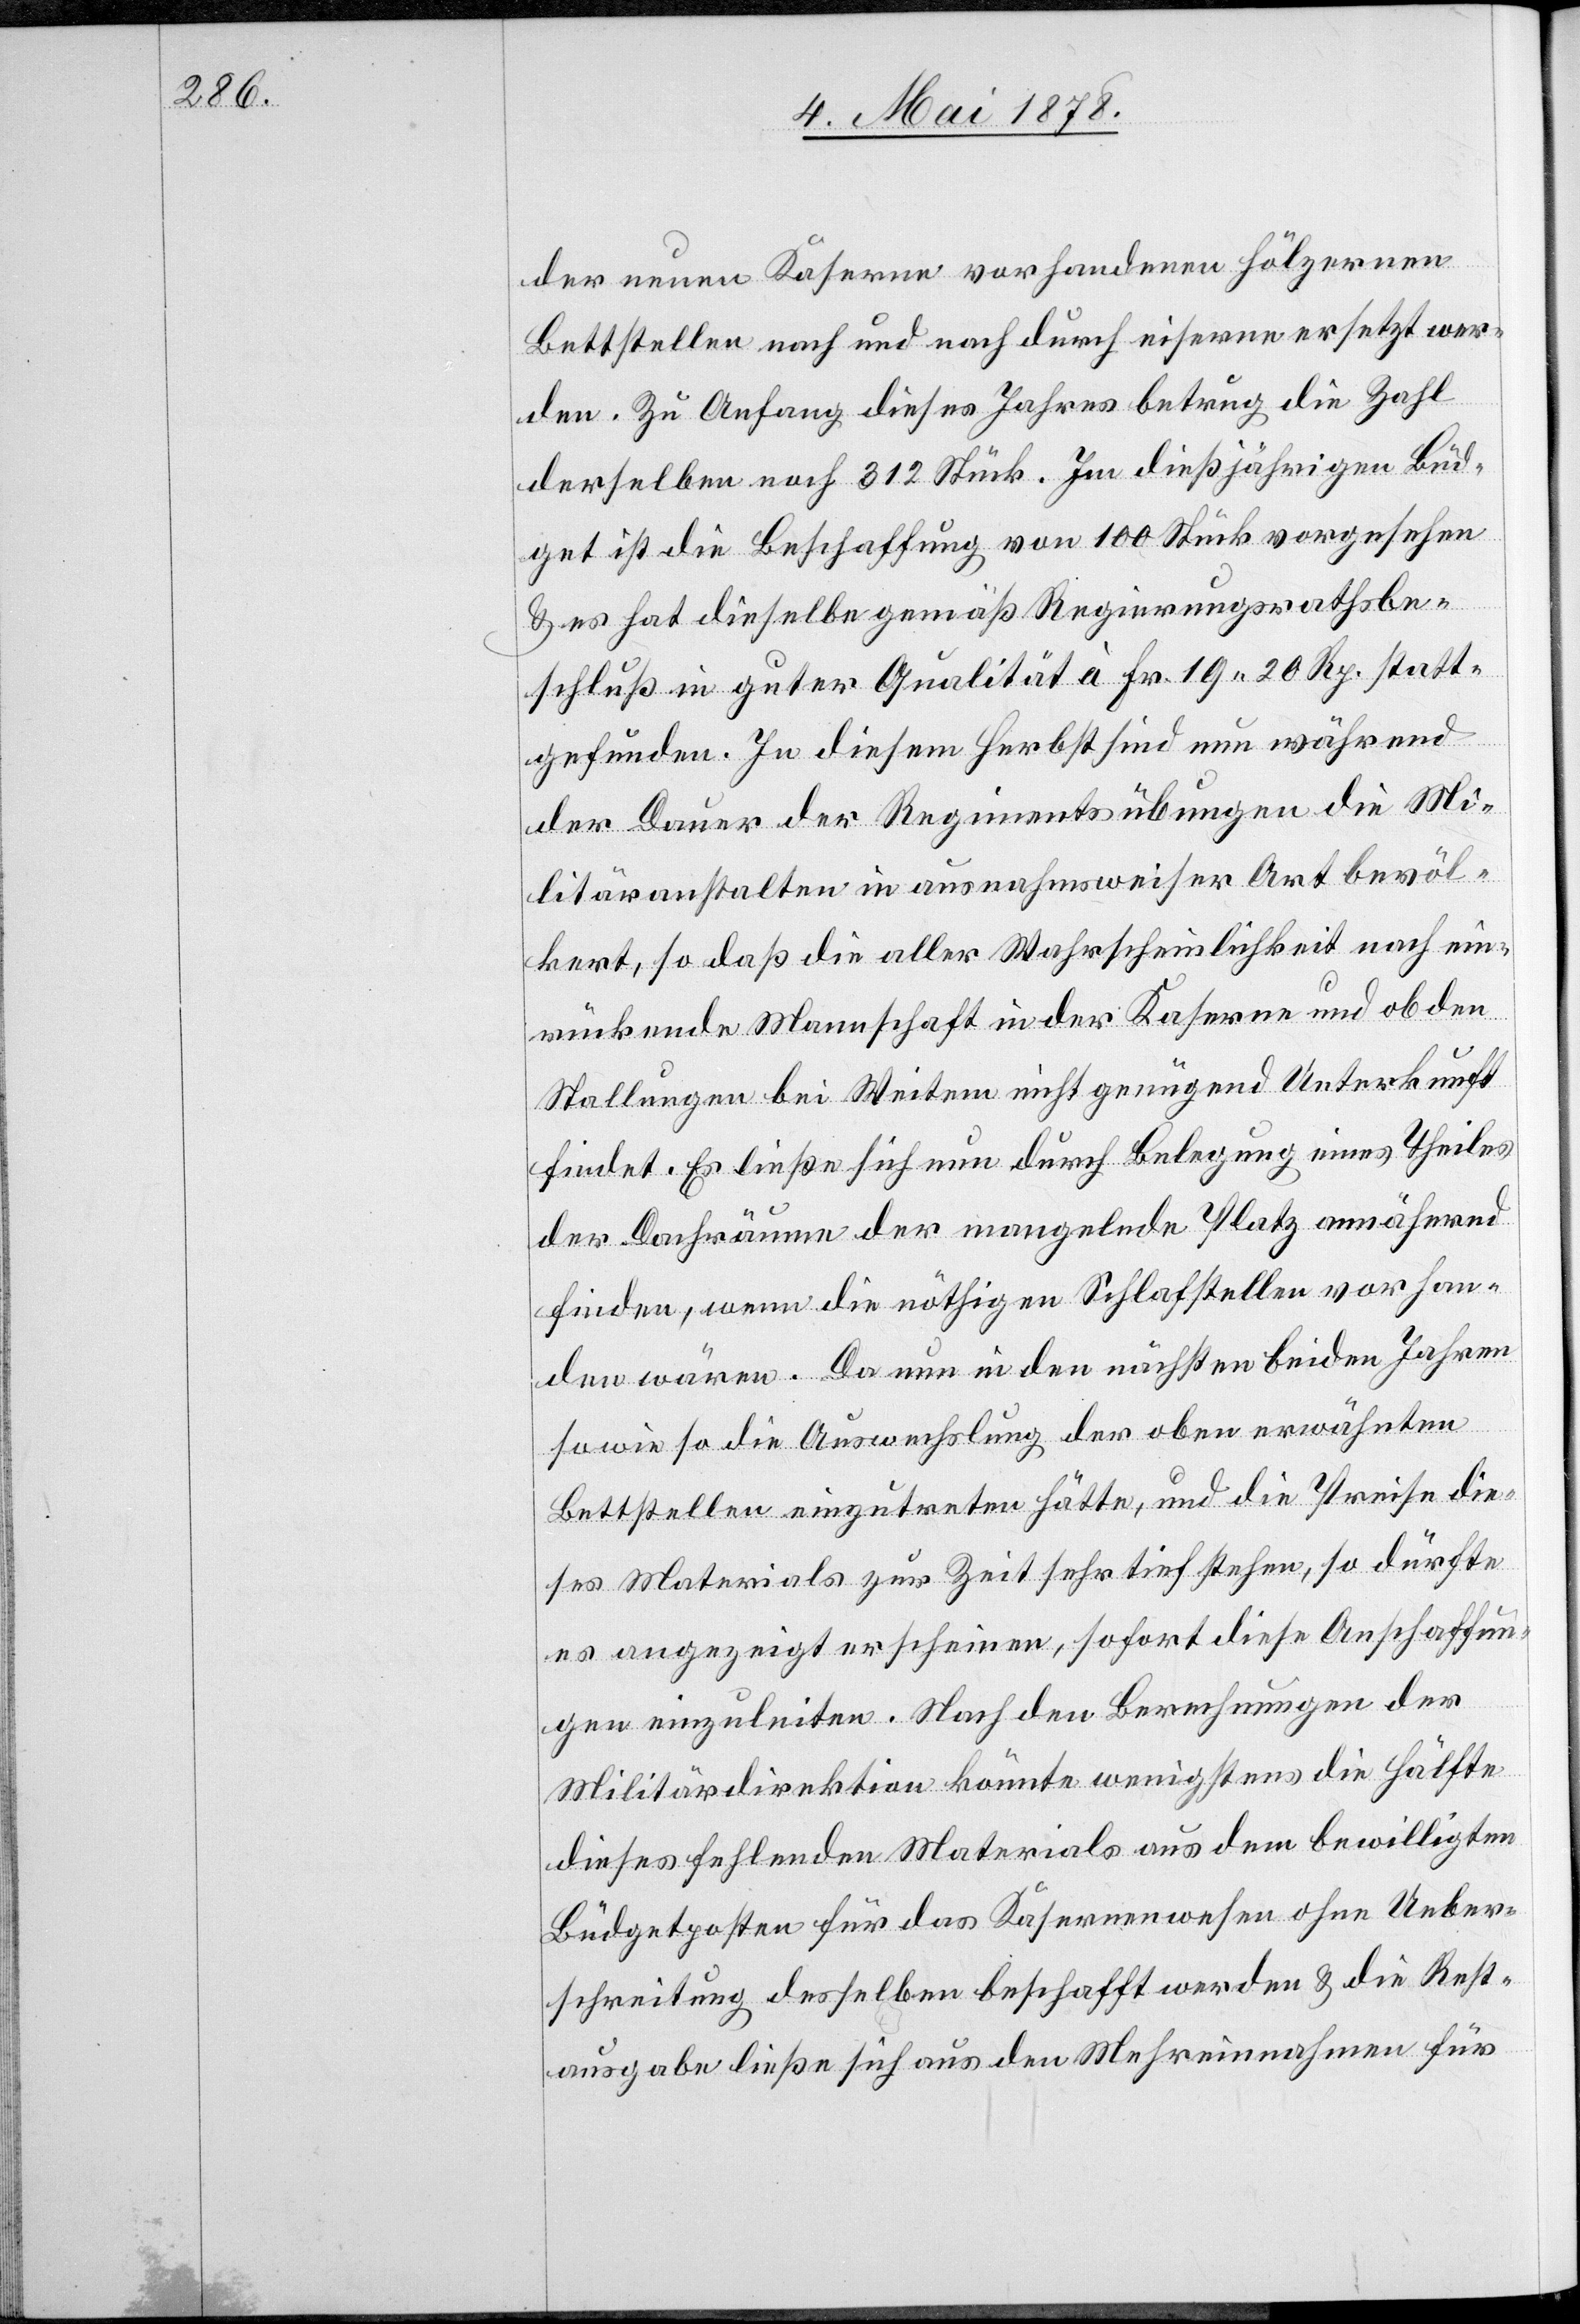
der neuen Kaserne vorhandenen hölzernen
Bettstellen nach und nach durch eiserne ersetzt wer¬
den. Zu Anfang dieses Jahres betrug die Zahl
derselben noch 312 Stück. Im dießjährigen Büd¬
get ist die Beschaffung von 100 Stück vorgesehen
& es hat dieselbe gemäß Regierungsrathsbe¬
schluß in guter Qualität à Fr. 19. 20 Rp. statt¬
gefunden. In diesem Herbst sind nun während
der Dauer der Regimentsübungen die Mi¬
litäranstalten in ausnahmsweiser Art bevöl¬
kert, so daß die aller Wahrscheinlichkeit nach ein¬
rückende Mannschaft in der Kaserne und ob den
Stellungen bei Weitem nicht genügend Unterkunft
findet. Es ließe sich nun durch Belegung eines Theiles
der Dachräume der mangelnde Platz annähernd
finden, wenn die nöthigen Schlafstellen vorhan¬
den wären. Da nun in den nächsten beiden Jahren
sowieso die Auswechslung der oben erwähnten
Bettstellen einzutreten hätte, und die Preise die¬
ses Materials zur Zeit sehr tief stehen, so dürfte
es angezeigt erscheinen, sofort diese Anschaffun¬
gen einzuleiten. Nach den Berechnungen der
Militärdirektion könnte wenigstens die Hälfte
dieses fehlenden Materials aus dem bewilligten
Büdgetposten für das Kasernenwesen ohne Ueber¬
schreitung desselben beschafft werden & die Rest¬
ausgabe ließe sich aus den Mehreinnahmen für